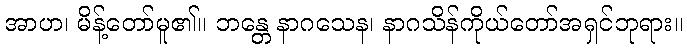
အာဟ၊ မိန့်တော်မူ၏။ ဘန္တေ နာဂသေန၊ နာဂသိန်ကိုယ်တော်အရှင်ဘုရား။